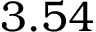
3 . 5 4